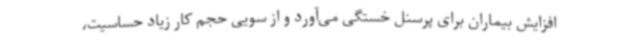
افزایش بیماران برای پرسنل خستگی می‌آورد و از سویی حجم کار زیاد حساسیت،